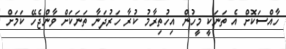
ހާއްސަކޮށް އެ ތަނަކީ މީހުން އިހުތިރާމު ކުރާ ހަރުދަނާ ތަނަކަށް ވާންޖެހޭ ކަމަށް